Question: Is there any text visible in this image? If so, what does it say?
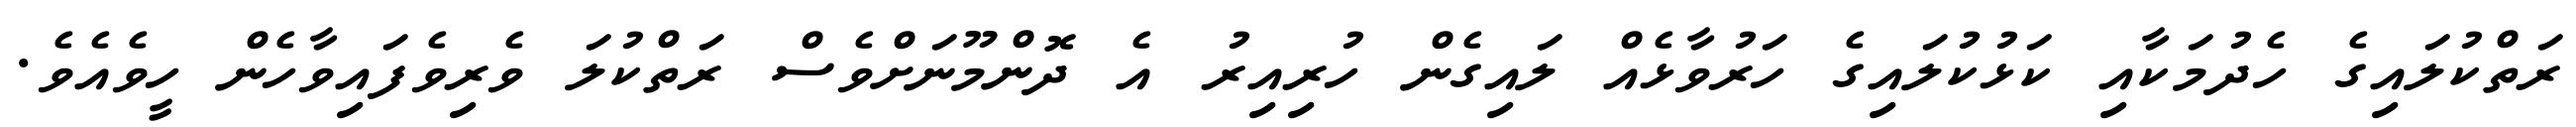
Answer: ރަތްކުލައިގެ ހެދުމަކާއި ކަޅުކުލައިގެ ހަރުވާޅެއް ލައިގެން ހުރިއިރު އެ ދޮންމޫނަށްވެސް ރަތްކުލަ ވެރިވެފައިވާހެން ހީވެއެވެ.